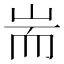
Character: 耑